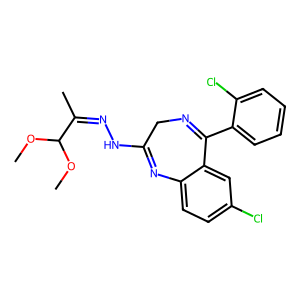
SMILES: COC(OC)C(C)=NNC1=Nc2ccc(Cl)cc2C(c2ccccc2Cl)=NC1
Inhibits HIV replication: No